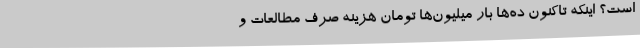
است‌؟ اینکه تاکنون ده‌ها بار میلیون‌ها تومان هزینه صرف مطالعات و